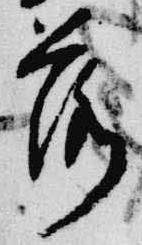
落